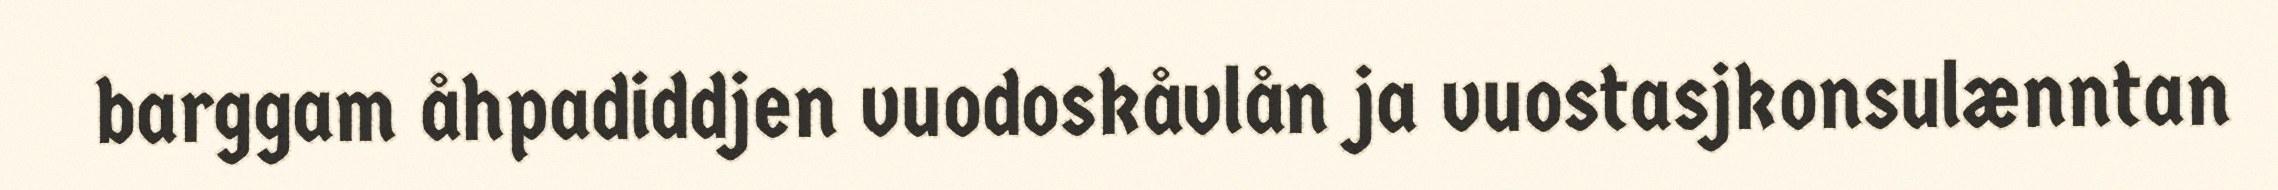
barggam åhpadiddjen vuodoskåvlån ja vuostasjkonsulænntan